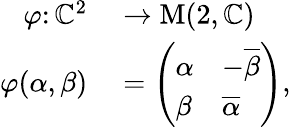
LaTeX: \begin{array}{rl}{\varphi\colon\mathbb{C}^{2}}&{{}\to\operatorname{M}(2,\mathbb{C})}\\ {\varphi(\alpha,\beta)}&{{}={\left(\begin{array}{ll}{\alpha}&{-{\overline{{\beta}}}}\\ {\beta}&{{\overline{{\alpha}}}}\end{array}\right)},}\end{array}